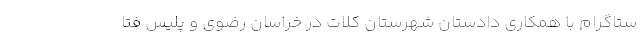
ستاگرام با همکاری دادستان شهرستان کلات در خراسان رضوی و پلیس فتا